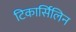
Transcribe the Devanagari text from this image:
टिकार्सिलिन